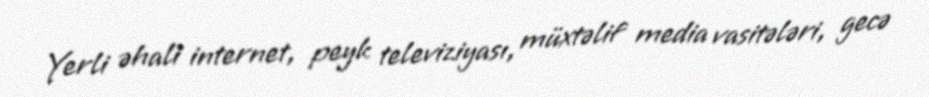
Yerli əhali internet, peyk televiziyası, müxtəlif media vasitələri, gecə